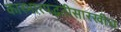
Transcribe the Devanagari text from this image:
कारभारपद्धतीसारखीच